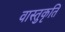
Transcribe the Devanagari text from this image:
वास्तुकृति